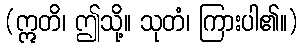
(ဣတိ၊ ဤသို့။ သုတံ၊ ကြားပါ၏။)